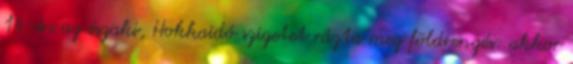
14-én az északi, Hokkaidó szigetet rázta meg földrengés: akkor